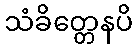
သံခိတ္တေနပိ